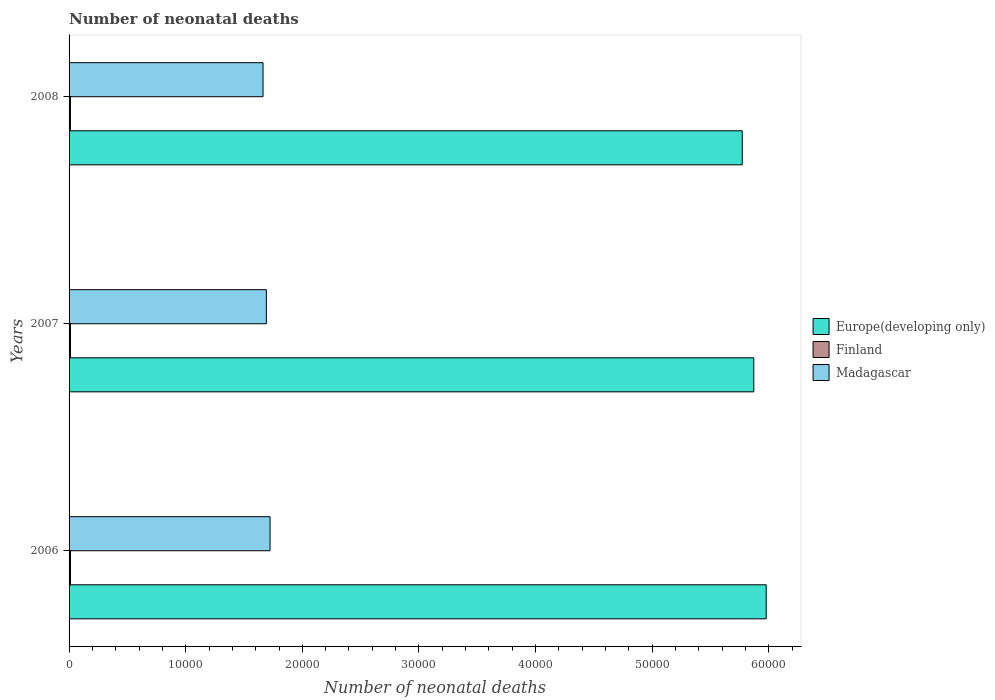
| Years | Europe(developing only) | Finland | Madagascar |
 | --- | --- | --- | --- |
 | 2006 | 5.98e+04 | 121 | 1.72e+04 |
 | 2007 | 5.87e+04 | 123 | 1.69e+04 |
 | 2008 | 5.77e+04 | 118 | 1.66e+04 |